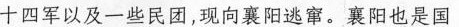
十四军以及一些民团，现向襄阳逃窜。襄阳也是国